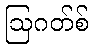
ဩဂတ်စ်